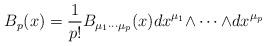
LaTeX: \begin{align*}B_p(x)={1\over p!}B_{\mu_1\cdots \mu_p}(x)dx^{\mu_1} {\wedge\cdots\wedge}dx^{\mu _p}\end{align*}